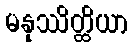
မနုဿိတ္ထိယာ